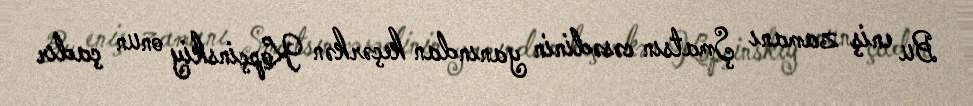
Bu eniş zamanı Şmatsın cəsədinin yanından keçərkən Kopçinskiy onun çadır